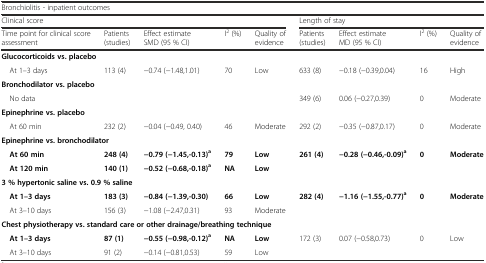
<table><thead><tr><td colspan="9"><b>Bronchiolitis - inpatient outcomes</b></td></tr><tr><td colspan="5"><b>Clinical score</b></td><td colspan="4"><b>Length of stay</b></td></tr><tr><td><b>Time point for clinical score assessment</b></td><td><b>Patients (studies)</b></td><td><b>Effect estimate SMD (95 % CI)</b></td><td><b>I<sup>2</sup> (%)</b></td><td><b>Quality of evidence</b></td><td><b>Patients (studies)</b></td><td><b>Effect estimate MD (95 % CI)</b></td><td><b>I<sup>2</sup> (%)</b></td><td><b>Quality of evidence</b></td></tr></thead><tbody><tr><td colspan="9"><b>Glucocorticoids vs. placebo</b></td></tr><tr><td> At 1–3 days</td><td>113 (4)</td><td>−0.74 (−1.48,1.01)</td><td>70</td><td>Low</td><td>633 (8)</td><td>−0.18 (−0.39,0.04)</td><td>16</td><td>High</td></tr><tr><td colspan="9"><b>Bronchodilator vs. placebo</b></td></tr><tr><td colspan="5"> No data</td><td>349 (6)</td><td>0.06 (−0.27,0.39)</td><td>0</td><td>Moderate</td></tr><tr><td colspan="9"><b>Epinephrine vs. placebo</b></td></tr><tr><td> At 60 min</td><td>232 (2)</td><td>−0.04 (−0.49, 0.40)</td><td>46</td><td>Moderate</td><td>292 (2)</td><td>−0.35 (−0.87,0.17)</td><td>0</td><td>Moderate</td></tr><tr><td colspan="9"><b>Epinephrine vs. bronchodilator</b></td></tr><tr><td><b> At 60 min</b></td><td><b>248 (4)</b></td><td><b>−0.79 (−1.45,-0.13)</b><sup><b>a</b></sup></td><td><b>79</b></td><td><b>Low</b></td><td rowspan="2"><b>261 (4)</b></td><td rowspan="2"><b>−0.28 (−0.46,-0.09)</b><sup><b>a</b></sup></td><td rowspan="2"><b>0</b></td><td rowspan="2"><b>Moderate</b></td></tr><tr><td><b> At 120 min</b></td><td><b>140 (1)</b></td><td><b>−0.52 (−0.68,-0.18)</b><sup><b>a</b></sup></td><td><b>NA</b></td><td><b>Low</b></td></tr><tr><td colspan="9"><b>3 % hypertonic saline vs. 0.9 % saline</b></td></tr><tr><td><b> At 1–3 days</b></td><td><b>183 (3)</b></td><td><b>−0.84 (−1.39,-0.30)</b></td><td><b>66</b></td><td><b>Low</b></td><td rowspan="2"><b>282 (4)</b></td><td rowspan="2"><b>−1.16 (−1.55,-0.77)</b><sup><b>a</b></sup></td><td rowspan="2"><b>0</b></td><td rowspan="2"><b>Moderate</b></td></tr><tr><td> At 3–10 days</td><td>156 (3)</td><td>−1.08 (−2.47,0.31)</td><td>93</td><td>Moderate</td></tr><tr><td colspan="9"><b>Chest physiotherapy vs. standard care or other drainage/breathing technique</b></td></tr><tr><td><b> At 1–3 days</b></td><td><b>87 (1)</b></td><td><b>−0.55 (−0.98,-0.12)</b><sup><b>a</b></sup></td><td><b>NA</b></td><td><b>Low</b></td><td rowspan="2">172 (3)</td><td rowspan="2">0.07 (−0.58,0.73)</td><td rowspan="2">0</td><td rowspan="2">Low</td></tr><tr><td> At 3–10 days</td><td>91 (2)</td><td>−0.14 (−0.81,0.53)</td><td>59</td><td>Low</td></tr></tbody></table>